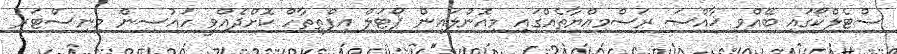
ސްޓެލްކޯގައި ބޭއްވި ޚާއްސަ ރަސްމިއްޔާތެއްގައި މިއޮންލައިން ޕޯޓަލް އިފްތިތާހް ކޮށްދެއްވީ ހައުސިން މިނިސްޓަރު